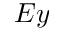
E y